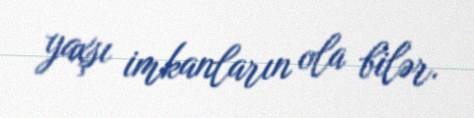
yaxşı imkanların ola bilər.